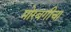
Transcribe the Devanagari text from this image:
मोरबगीचा